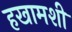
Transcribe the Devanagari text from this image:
हखामशी